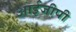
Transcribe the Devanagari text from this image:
आईजीपी